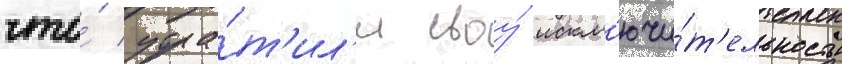
что́ утра́т'ил'и своу́ искл'ючи́т'ельность